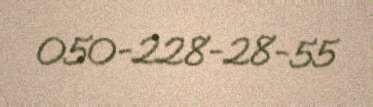
050-228-28-55